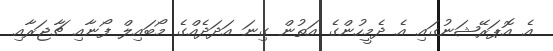
އެ އޮޕަރޭޝަނުގައި އެ ދެމީހުންގެ އަތުން ގިނަ އަދަދެއްގެ މޯބައިލް ފޯނާއި ޗާޖަރާއި